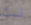
لست